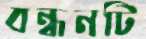
বন্ধনটি